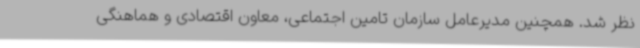
نظر شد. همچنین مدیرعامل سازمان تامین اجتماعی،‌ معاون اقتصادی و هماهنگی